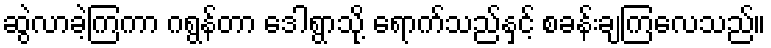
ဆွဲလာခဲ့ကြကာ ဂရွန်တာ ဒေါရွာသို့ ရောက်သည်နှင့် စခန်းချကြလေသည်။